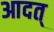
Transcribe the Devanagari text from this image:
आदत्